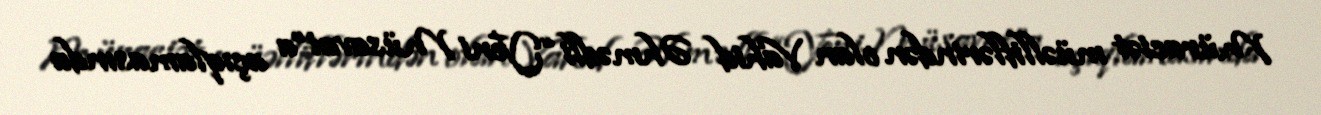
Müraciət müəlliflərindən olan Vahid Əhmədli “Yeni Müsavat”a açıqlamasında